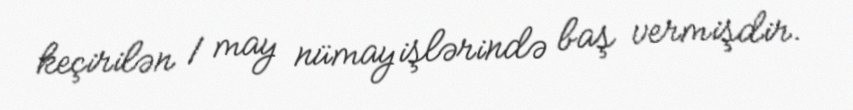
keçirilən 1 may nümayişlərində baş vermişdir.